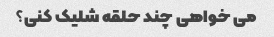
می خواهی چند حلقه شلیک کنی؟